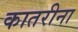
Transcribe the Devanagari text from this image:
कातरीना